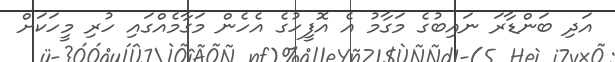
އަދި ބަންޑާރަ ނައިބުގެ މަގާމު އެ އޮފީހުގެ އެހެން މަގާމެއްގައި ހުރި މީހަކަށް